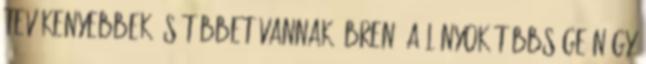
tevékenyebbek és többet vannak ébren. A lányok többsége négy